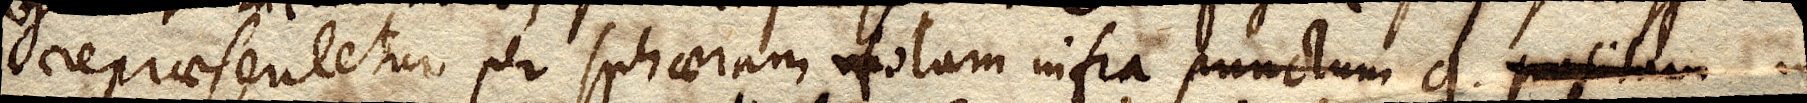
repraesentetur per sphaeram totam infra punctum g. positum in